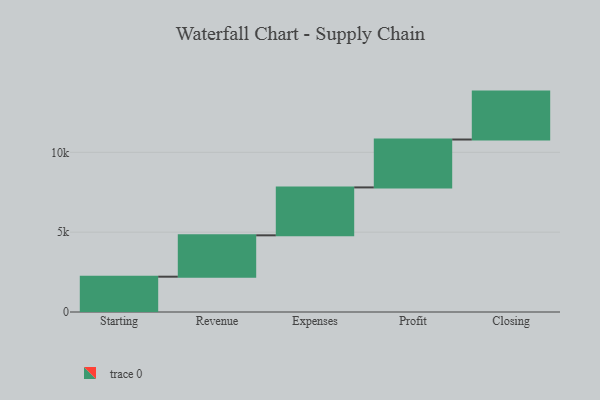
{"axis": {"x": "Step", "y": "Value"}, "legend": [""], "data": [{"x": "Starting", "y": 2211.0, "type": ""}, {"x": "Revenue", "y": 2591.0, "type": ""}, {"x": "Expenses", "y": 3000, "type": ""}, {"x": "Profit", "y": 3000, "type": ""}, {"x": "Closing", "y": 3000, "type": ""}]}